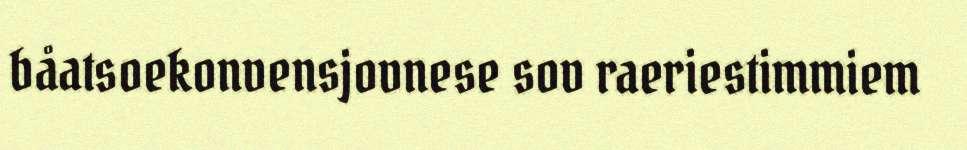
båatsoekonvensjovnese sov raeriestimmiem